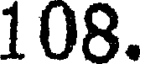
108.